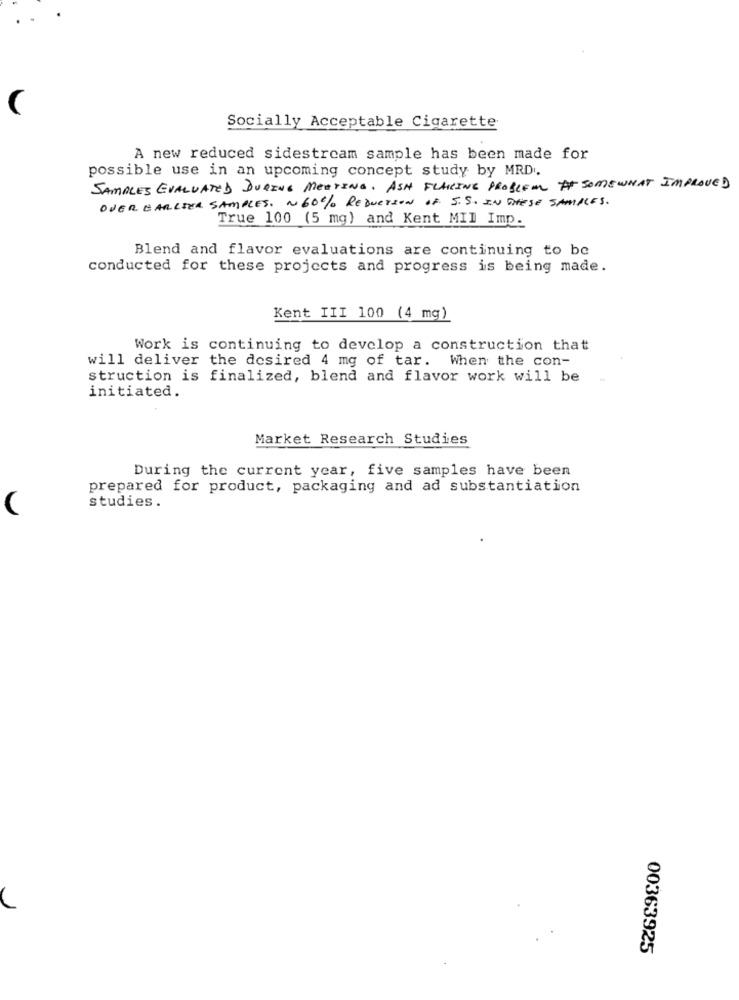
Socially Acceptable Cigarette
A new reduced sidestream sample has been made for
possible use in an upcoming concept study by MRD.
SAMPLES EVALUATED DURING MEETING. ASH FLAKING PROBLEM SOMEWHAT IMPROVED
OVER EARLIER SAMPLES. ~ 60% REDUCTION OF S.S. IN THESE SAMPLES.
True 100 (5 mg) and Kent MII Imp.
Blend and flavor evaluations are continuing to be
conducted for these projects and progress is being made.
Kent III 100 (4 mg)
Work is continuing to develop a construction that
will deliver the desired 4 mg of tar. When the con-
struction is finalized, blend and flavor work will be
initiated.
Market Research Studies
During the current year, five samples have been
prepared for product, packaging and ad substantiation
(
studies.
00363925